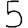
Digit: 5